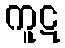
ကူဋ